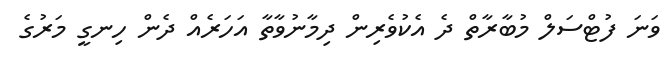
ވަނަ ފުޓްސަލް މުބާރާތް ދެ އެކުވެރިން ދިމާނުވާތާ އަހަރެއް ދެން ހިނގީ މަރުގެ